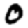
Digit: 0